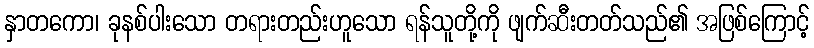
နှာတကော၊ ခုနစ်ပါးသော တရားတည်းဟူသော ရန်သူတို့ကို ဖျက်ဆီးတတ်သည်၏ အဖြစ်ကြောင့်